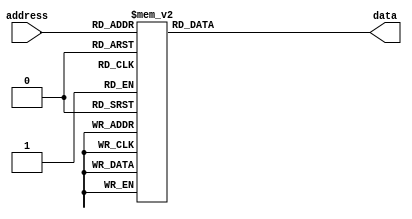
//Table with Sqrt2 Coefficient values
`timescale 1ns/1ps
module Sqrt2_Coeffs (
address, // Address input
data    // Data output
);
input [5:0] address;
output [31:0] data;
reg [31:0] data ;
       
always@(address)
begin
case(address)
0 : data <= 32'b000111111110_00100000000111111100;	//c1,c0 Coefficients
1 : data <= 32'b000111111010_00100000010111110100;
2 : data <= 32'b000111110110_00100000100111100100;
3 : data <= 32'b000111110010_00100000110111001101;
4 : data <= 32'b000111101110_00100001000110101111;
5 : data <= 32'b000111101011_00100001010110001001;
6 : data <= 32'b000111100111_00100001100101011100;
7 : data <= 32'b000111100100_00100001110100101000;
8 : data <= 32'b000111100001_00100010000011101110;
9 : data <= 32'b000111011101_00100010010010101101;
10 : data <= 32'b000111011010_00100010100001100101;
11 : data <= 32'b000111010111_00100010110000010111;
12 : data <= 32'b000111010100_00100010111111000011;
13 : data <= 32'b000111010001_00100011001101101000;
14 : data <= 32'b000111001110_00100011011100001000;
15 : data <= 32'b000111001011_00100011101010100010;
16 : data <= 32'b000111001000_00100011111000110110;
17 : data <= 32'b000111000101_00100100000111000100;
18 : data <= 32'b000111000010_00100100010101001101;
19 : data <= 32'b000111000000_00100100100011010000;
20 : data <= 32'b000110111101_00100100110001001110;
21 : data <= 32'b000110111010_00100100111111000110;
22 : data <= 32'b000110111000_00100101001100111010;
23 : data <= 32'b000110110101_00100101011010101000;
24 : data <= 32'b000110110011_00100101101000010001;
25 : data <= 32'b000110110000_00100101110101110110;
26 : data <= 32'b000110101110_00100110000011010101;
27 : data <= 32'b000110101100_00100110010000110000;
28 : data <= 32'b000110101001_00100110011110000110;
29 : data <= 32'b000110100111_00100110101011011000;
30 : data <= 32'b000110100101_00100110111000100101;
31 : data <= 32'b000110100011_00100111000101101101;
32 : data <= 32'b000110100000_00100111010010110001;
33 : data <= 32'b000110011110_00100111011111110001;
34 : data <= 32'b000110011100_00100111101100101100;
35 : data <= 32'b000110011010_00100111111001100100;
36 : data <= 32'b000110011000_00101000000110010111;
37 : data <= 32'b000110010110_00101000010011000110;
38 : data <= 32'b000110010100_00101000011111110001;
39 : data <= 32'b000110010010_00101000101100011001;
40 : data <= 32'b000110010000_00101000111000111100;
41 : data <= 32'b000110001110_00101001000101011011;
42 : data <= 32'b000110001100_00101001010001110111;
43 : data <= 32'b000110001011_00101001011110001111;
44 : data <= 32'b000110001001_00101001101010100011;
45 : data <= 32'b000110000111_00101001110110110100;
46 : data <= 32'b000110000101_00101010000011000001;
47 : data <= 32'b000110000011_00101010001111001011;
48 : data <= 32'b000110000010_00101010011011010001;
49 : data <= 32'b000110000000_00101010100111010011;
50 : data <= 32'b000101111110_00101010110011010011;
51 : data <= 32'b000101111101_00101010111111001111;
52 : data <= 32'b000101111011_00101011001011000111;
53 : data <= 32'b000101111001_00101011010110111101;
54 : data <= 32'b000101111000_00101011100010101111;
55 : data <= 32'b000101110110_00101011101110011110;
56 : data <= 32'b000101110101_00101011111010001010;
57 : data <= 32'b000101110011_00101100000101110010;
58 : data <= 32'b000101110010_00101100010001011000;
59 : data <= 32'b000101110000_00101100011100111011;
60 : data <= 32'b000101101111_00101100101000011010;
61 : data <= 32'b000101101101_00101100110011110111;
62 : data <= 32'b000101101100_00101100111111010001;
63 : data <= 32'b000101101010_00101101001010101000;
endcase
end

endmodule